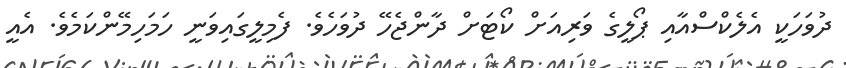
ދުވަހަކީ އެލެކްސްއާއި ޕޯލީގެ ވަރިއަށް ކޯޓަށް ދާންޖެހޭ ދުވަހެވެ. ފެމިލީގައިވަނީ ހަމަހިމޭންކަމެވެ. އެއީ